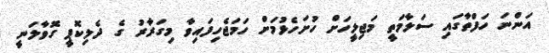
އަންނަ ހަފްތާގައި ސަލާމަތީ މަޖިލީހަށް ހުށަހެޅުމަށް ހަމަޖެހިފައިވާ މިގަރާރު ގެ ދެލިކޮޕީ ގޮވާލަނީ